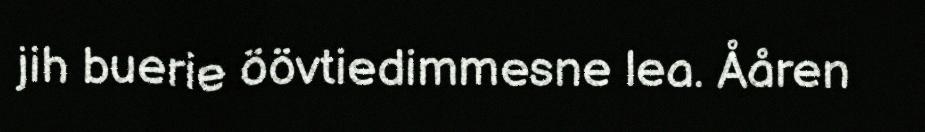
jih buerie öövtiedimmesne lea. Ååren